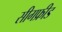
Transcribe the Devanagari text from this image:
सीगफ्रीड